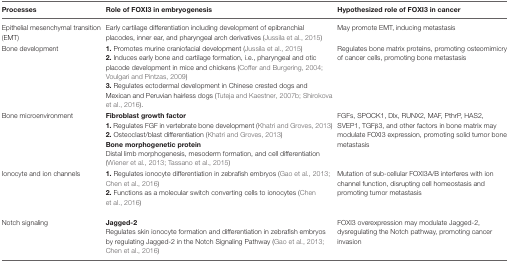
| Processes | Role of FOXI3 in embryogenesis | Hypothesized role of FOXI3 in cancer |
 | --- | --- | --- |
 | Epithelial mesenchymal transition (EMT) | Early cartilage differentiation including development of epibranchial placodes, inner ear, and pharyngeal arch derivatives (Jussila et al., 2015) | May promote EMT, inducing metastasis |
 | Bone development | 1. Promotes murine craniofacial development (Jussila et al., 2015)2. Induces early bone and cartilage formation, i.e., pharyngeal and otic placode development in mice and chickens (Coffer and Burgering, 2004; Voulgari and Pintzas, 2009)3. Regulates ectodermal development in Chinese crested dogs and Mexican and Peruvian hairless dogs (Tuteja and Kaestner, 2007b; Shirokova et al., 2016). | Regulates bone matrix proteins, promoting osteomimicry of cancer cells, promoting bone metastasis |
 | Bone microenvironment | Fibroblast growth factor1. Regulates FGF in vertebrate bone development (Khatri and Groves, 2013)2. Osteoclast/blast differentiation (Khatri and Groves, 2013)Bone morphogenetic proteinDistal limb morphogenesis, mesoderm formation, and cell differentiation (Wiener et al., 2013; Tassano et al., 2015) | FGFs, SPOCK1, Dlx, RUNX2, MAF, PthrP, HAS2, SVEP1, TGFβ3, and other factors in bone matrix may modulate FOXI3 expression, promoting solid tumor bone metastasis |
 | Ionocyte and ion channels | 1. Regulates ionocyte differentiation in zebrafish embryos (Gao et al., 2013; Chen et al., 2016)2. Functions as a molecular switch converting cells to ionocytes (Chen et al., 2016) | Mutation of sub-cellular FOXI3A/B interferes with ion channel function, disrupting cell homeostasis and promoting tumor metastasis |
 | Notch signaling | Jagged-2Regulates skin ionocyte formation and differentiation in zebrafish embryos by regulating Jagged-2 in the Notch Signaling Pathway (Gao et al., 2013; Chen et al., 2016) | FOXI3 overexpression may modulate Jagged-2, dysregulating the Notch pathway, promoting cancer invasion |